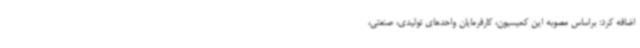
اضافه کرد: براساس مصوبه این کمیسیون، کارفرمایان واحدهای تولیدی، صنعتی،